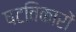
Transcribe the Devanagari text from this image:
षटविकारों